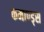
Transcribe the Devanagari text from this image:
कमाण्ड्स